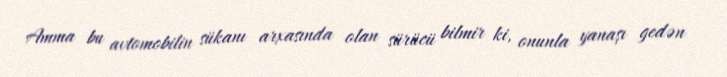
Amma bu avtomobilin sükanı arxasında olan sürücü bilmir ki, onunla yanaşı gedən